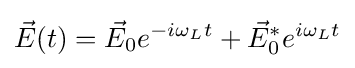
{\vec {E}}(t)={\vec {E}}_{0}e^{-i\omega _{L}t}+{\vec {E}}_{0}^{*}e^{i\omega _{L}t}